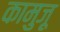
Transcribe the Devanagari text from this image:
कामुज़ू